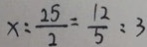
x : \frac { 2 5 } { 2 } = \frac { 1 2 } { 5 } : 3